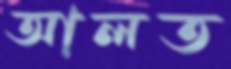
আলত